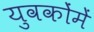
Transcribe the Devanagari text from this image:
युवकोंमें